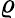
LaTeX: \varrho